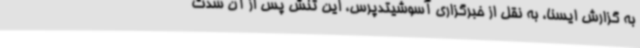
به گزارش ایسنا، به نقل از خبرگزاری آسوشیتدپرس، این تنش پس از آن شدت